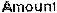
AMOUNT